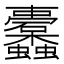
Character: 𮕛